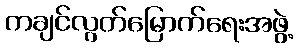
ကချင်လွတ်မြောက်ရေးအဖွဲ့